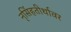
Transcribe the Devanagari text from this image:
नृसिंहतीर्थावर